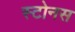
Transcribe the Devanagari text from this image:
स्टोनस